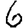
Digit: 6